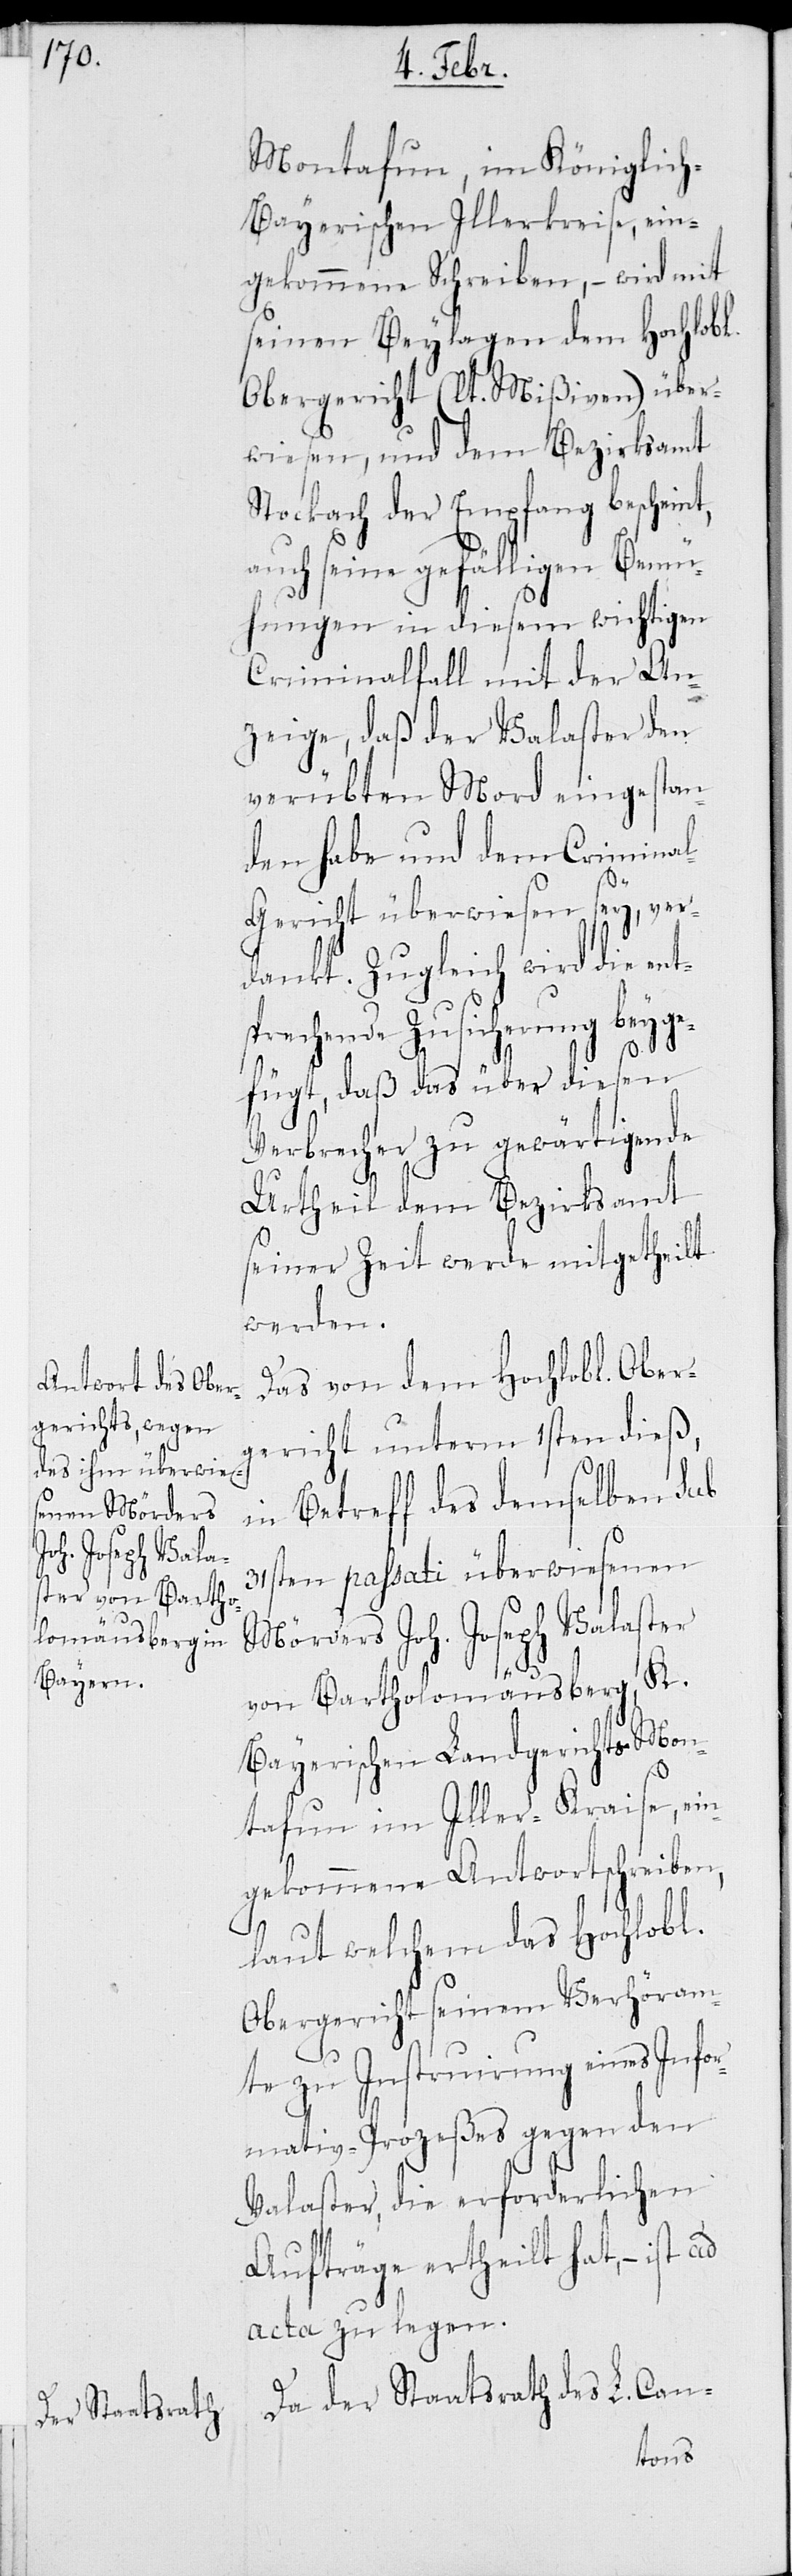
Montafun, im Königlic¬
h-Bayerischen Illerkreise, ein¬
gekommene Schreiben, – wird mit
seinen Beylagen dem Hochlobl.
Obergericht (lt. Mißiven) über¬
wiesen, und dem Bezirksamt
Stockach der Empfang bescheint,
auch seine gefälligen Bemü¬
hungen in diesem wichtigen
Criminalfall mit der An¬
zeige, daß der Valaster den
verübten Mord eingestan¬
den habe und dem Crimina¬
l-Gericht überwiesen sey, ver¬
dankt. Zugleich wird die ent¬
sprechende Zusicherung beyge¬
fügt, daß das über diesen
Verbrecher zu gewärtigende
Urtheil dem Bezirksamt
seiner Zeit werde mitgetheilt
werden.
Das von dem Hochlobl. Ober¬
gericht unterm 1sten dieß,
in Betreff des demselben sub
31sten passati überwiesenen
Mörders Joh. Joseph Valaster
von Bartholomäusberg, K.
Bayerischen Landgerichts Mon¬
tafun im Iller-Kraise, ein¬
gekommene Antwortschreiben,
laut welchem das Hochlobl.
Obergericht seinem Verhöram¬
te zu Instruirung eines Infor¬
mativ-Prozeßes gegen den
Valaster, die erforderlichen
Aufträge ertheilt hat, – ist
acta zu legen.
Da der Staatsrath des L. Can-